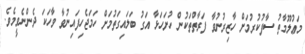
މަޢުލޫމާތު ސާފުކުރުމަށް ހާޒިރުނުވާ ފަރާތްތަކުން ހުށަހަޅާ އަގު ބަލައިގަތުމަށް ހަމަޖެހިފައިނުވާ ވާހަކަ ދެންނެވީމެވެ.